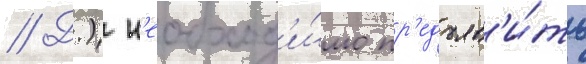
// Д.) н'еобход'и́мо пр'едъяв'и́ть